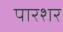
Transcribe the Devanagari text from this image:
पारशर